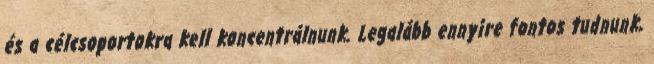
és a célcsoportokra kell koncentrálnunk. Legalább ennyire fontos tudnunk,